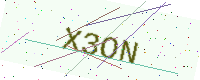
Text: X3ON